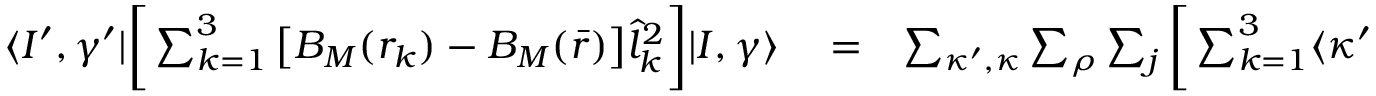
\begin{array} { r l r } { \langle I ^ { \prime } , \gamma ^ { \prime } | \bigg [ \sum _ { k = 1 } ^ { 3 } \big [ B _ { M } ( r _ { k } ) - B _ { M } ( \bar { r } ) \big ] \hat { l } _ { k } ^ { 2 } \bigg ] | I , \gamma \rangle } & { { } = } & { \sum _ { \kappa ^ { \prime } , \kappa } \sum _ { \rho } \sum _ { j } \bigg [ \sum _ { k = 1 } ^ { 3 } \langle \kappa ^ { \prime } | \hat { l } _ { k } ^ { 2 } | \kappa \rangle \big [ B _ { M } ( r _ { k , j _ { k } } ) - B _ { M } ( \bar { r } ) \big ] \bigg ] } \end{array}